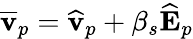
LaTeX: \overline{{\mathbf{v}}}_{p}=\widehat{\mathbf{v}}_{p}+\beta_{s}\widehat{\mathbf{E}}_{p}